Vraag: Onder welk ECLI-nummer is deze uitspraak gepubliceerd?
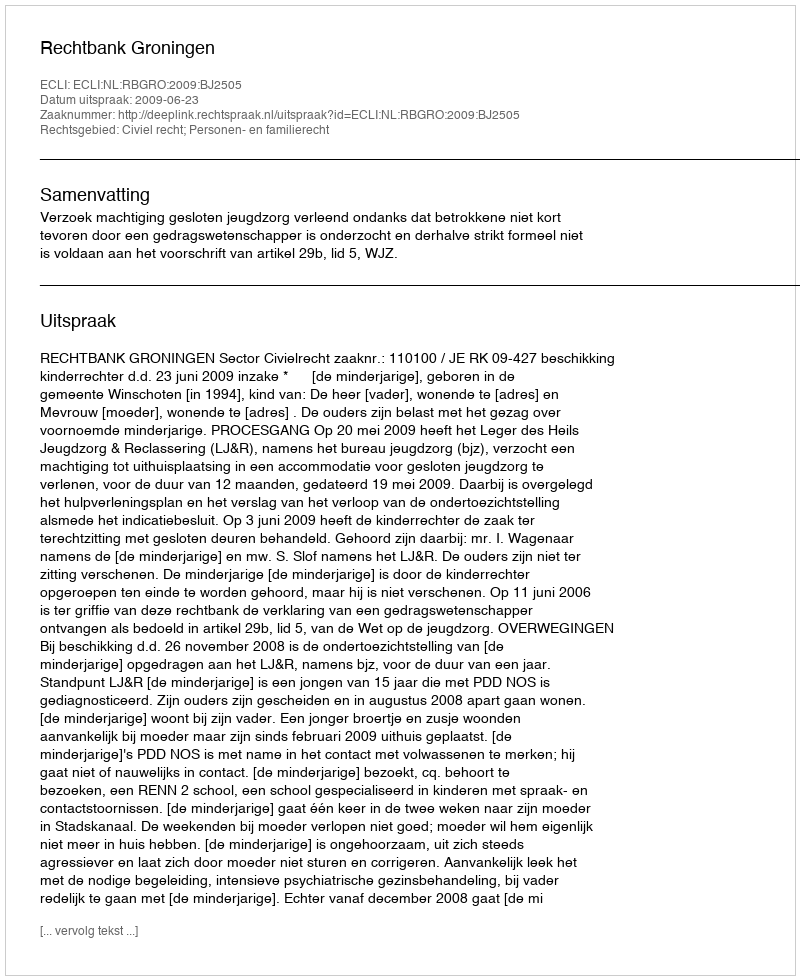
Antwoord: ECLI:NL:RBGRO:2009:BJ2505